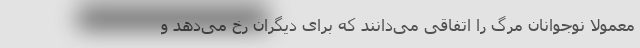
معمولاً نوجوانان مرگ را اتفاقی می‌دانند که برای دیگران رخ می‌دهد و